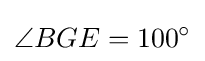
\angle {BGE}=100^{\circ }